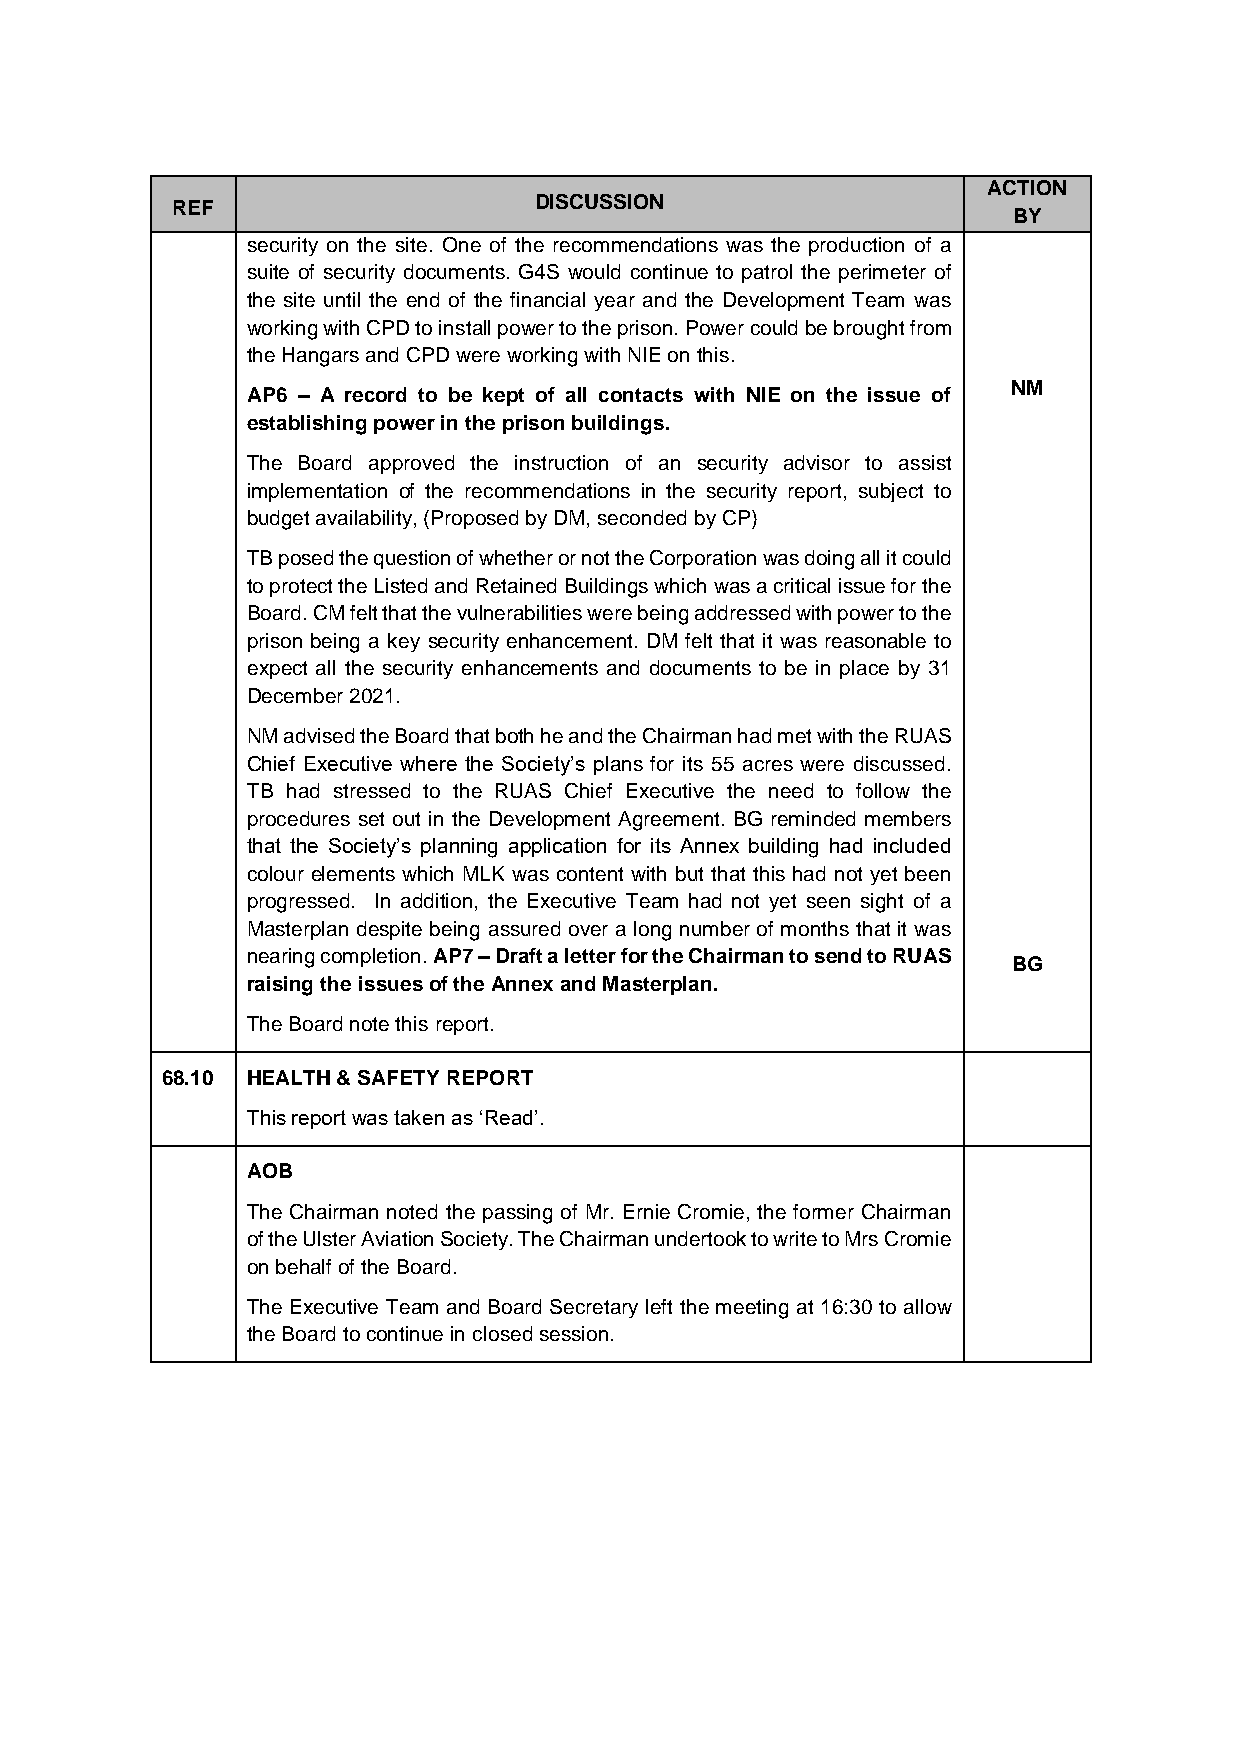
ACTION
 REF                     DISCUSSION
 BY
 security on the site. One of the recommendations was the production of a
 suite of security documents. G4S would continue to patrol the perimeter of
 the site until the end of the financial year and the Development Team was
 working with CPD to install power to the prison. Power could be brought from
 the Hangars and CPD were working with NIE on this.
 NM
 AP6 – A record to be kept of all contacts with NIE on the issue of
 establishing power in the prison buildings.
 The Board approved the instruction of an security advisor to assist
 implementation of the recommendations in the security report, subject to
 budget availability, (Proposed by DM, seconded by CP)
 TB posed the question of whether or not the Corporation was doing all it could
 to protect the Listed and Retained Buildings which was a critical issue for the
 Board. CM felt that the vulnerabilities were being addressed with power to the
 prison being a key security enhancement. DM felt that it was reasonable to
 expect all the security enhancements and documents to be in place by 31
 December 2021.
 NM advised the Board that both he and the Chairman had met with the RUAS
 Chief Executive where the Society’s plans for its 55 acres were discussed.
 TB had stressed to the RUAS Chief Executive the need to follow the
 procedures set out in the Development Agreement. BG reminded members
 that the Society’s planning application for its Annex building had included
 colour elements which MLK was content with but that this had not yet been
 progressed. In addition, the Executive Team had not yet seen sight of a
 Masterplan despite being assured over a long number of months that it was
 nearing completion. AP7 – Draft a letter for the Chairman to send to RUAS
 BG
 raising the issues of the Annex and Masterplan.
 The Board note this report.
 68.10 HEALTH & SAFETY REPORT
 This report was taken as ‘Read’.
 AOB
 The Chairman noted the passing of Mr. Ernie Cromie, the former Chairman
 of the Ulster Aviation Society. The Chairman undertook to write to Mrs Cromie
 on behalf of the Board.
 The Executive Team and Board Secretary left the meeting at 16:30 to allow
 the Board to continue in closed session.